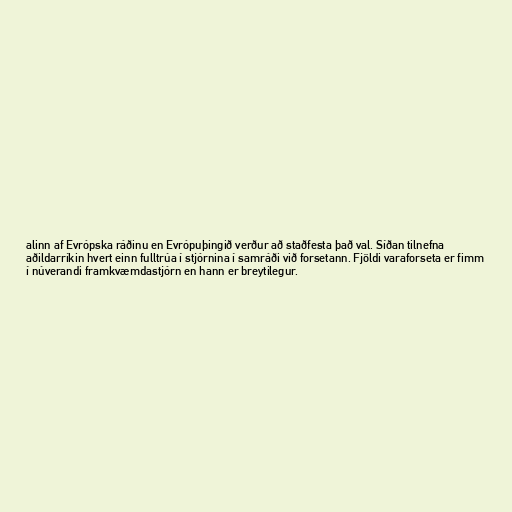
alinn af Evrópska ráðinu en Evrópuþingið verður að staðfesta það val. Síðan tilnefna
aðildarríkin hvert einn fulltrúa í stjórnina í samráði við forsetann. Fjöldi varaforseta er fimm
í núverandi framkvæmdastjórn en hann er breytilegur.